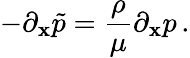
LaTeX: -\partial_{\mathbf{x}}\tilde{{p}}={\frac{{\rho}}{{\mu}}}\partial_{\mathbf{x}}p\, .